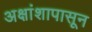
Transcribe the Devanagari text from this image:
अक्षांशापासून